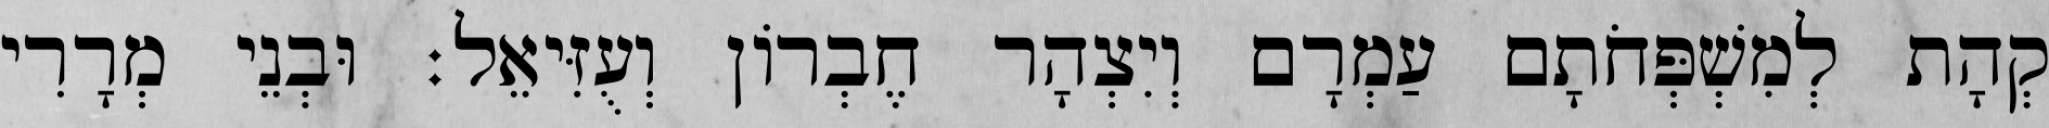
קְהָת לְמִשְׁפְּחֹתָם עַמְרָם וְיִצְהָר חֶבְרוֹן וְעֻזִּיאֵל׃ וּבְנֵי מְרָרִי